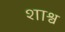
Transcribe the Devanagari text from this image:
शाश्व